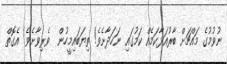
ނުވުމުގެ މައްޗަށް ބާރުއަޅާކަމެއް ކަމުގައި ނަހަދާށެވެ! ތިޔަބައިމީހުން  ވެރިވާށެވެ! އެގޮތް